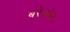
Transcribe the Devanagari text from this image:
बरेफीट